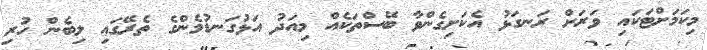
މިކަމަށްޓަކައި ވަރަށް ރަނގަޅު އެކަށިގެންވާ ބޭސްތަކެއް މިއަދު އަޅުގަނޑުމެންގެ ތެރޭގައި ލިބެން ހުރި